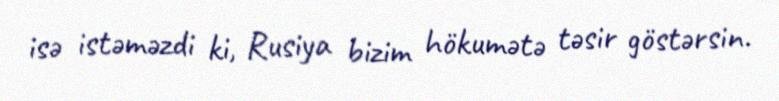
isə istəməzdi ki, Rusiya bizim hökumətə təsir göstərsin.